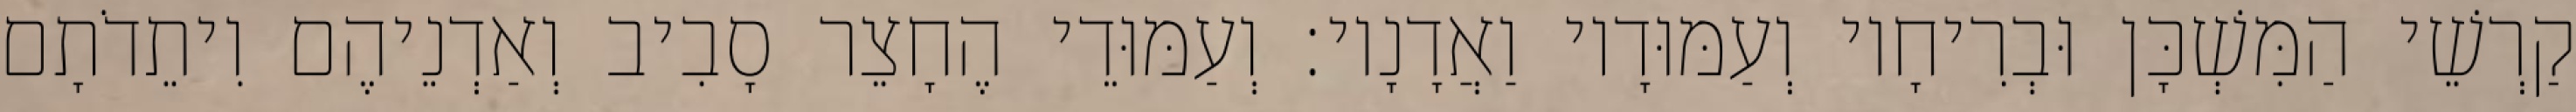
קַרְשֵׁי הַמִּשְׁכָּן וּבְרִיחָיו וְעַמּוּדָיו וַאֲדָנָיו׃ וְעַמּוּדֵי הֶחָצֵר סָבִיב וְאַדְנֵיהֶם וִיתֵדֹתָם